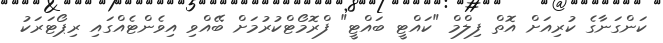
ކަންގަނާގެ ކުރިއަށް އޮތް ފިލްމް "ކައްޓީ ބައްޓީ" ފްރޮމޯޓްކުރުމަށް ބޭއްވި އިވެންޓެއްގައި ރިޕޯޓަރަކު